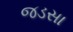
જડસા